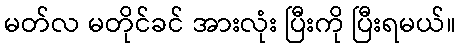
မတ်လ မတိုင်ခင် အားလုံး ပြီးကို ပြီးရမယ်။